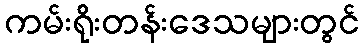
ကမ်းရိုးတန်းဒေသများတွင်